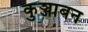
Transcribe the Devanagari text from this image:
कुञ्जाबन